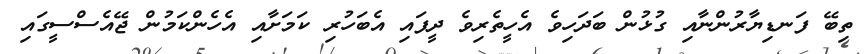
ތިބޭ ފަނޑިޔާރުންނާއި ގުޅުން ބަދަހިވެ އެހީތެރިވެ ދީފައި އެބަހުރި ކަމަށާއި އެހެންކަމުން ޖޭއެސްސީގައި